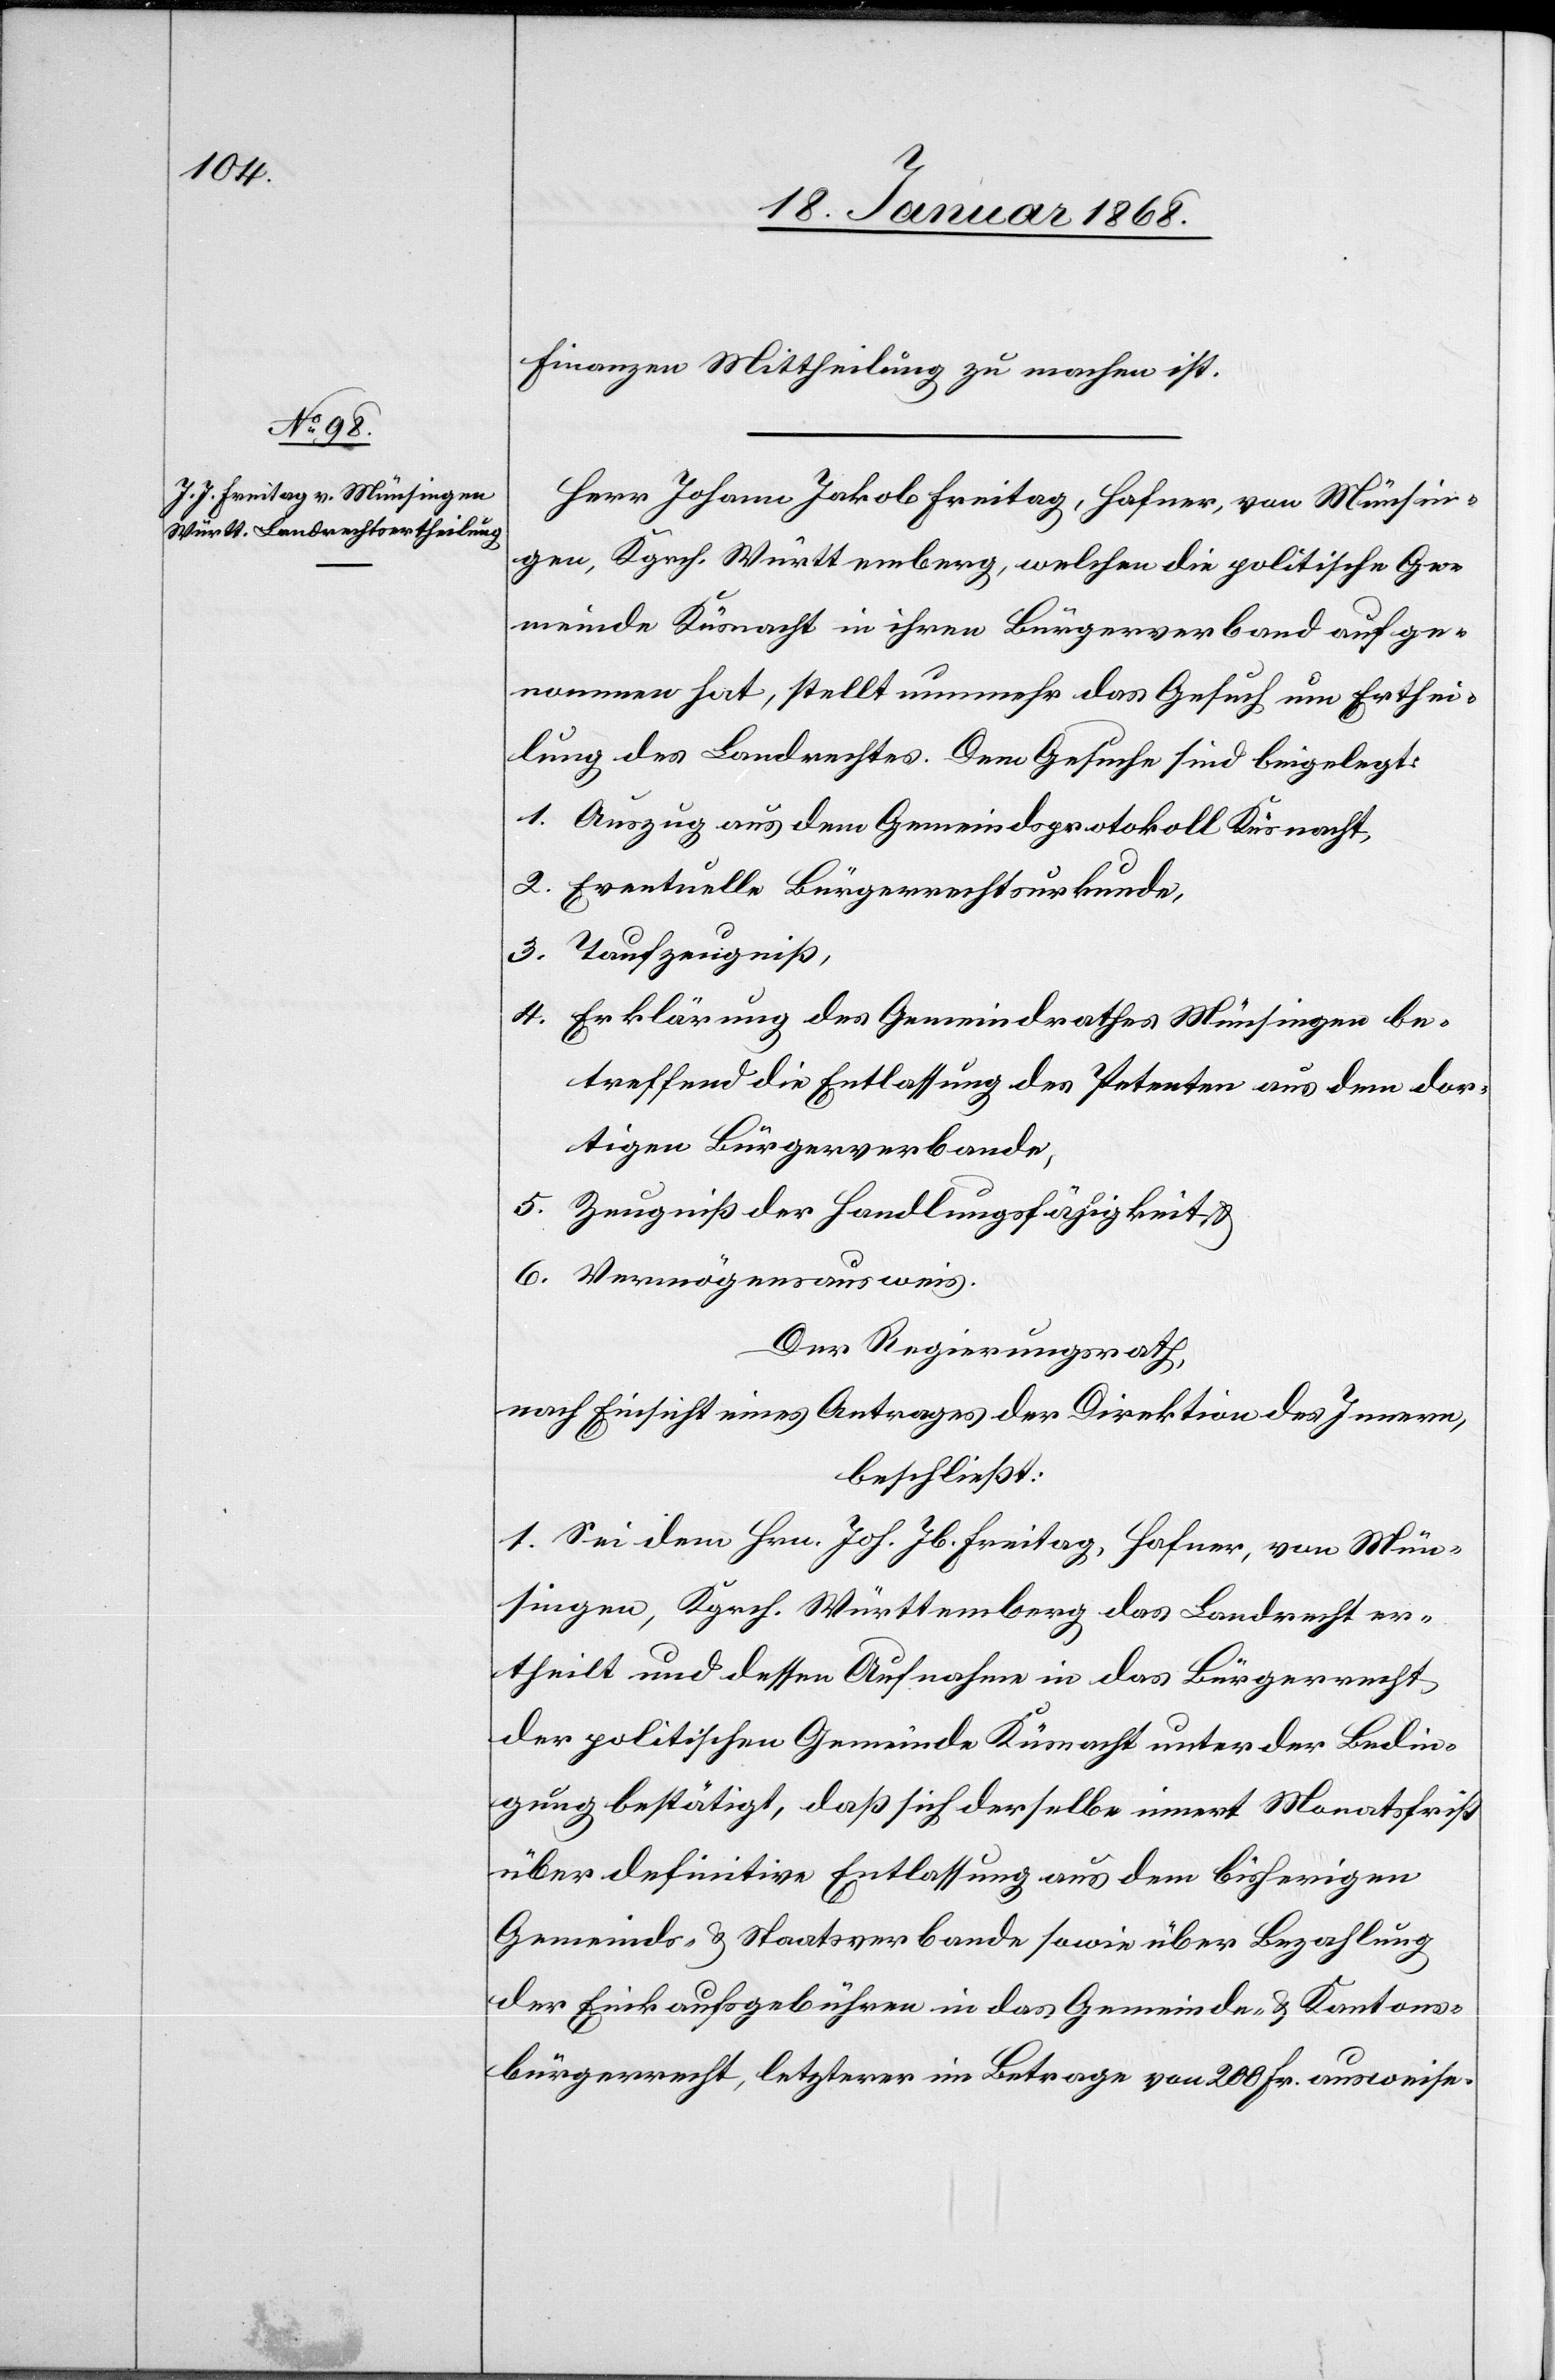
Finanzen Mittheilung zu machen ist.
Johann Jakob Freitag, Hafner, von Münsin¬
gen, Kgrch. Württemberg, welchen die politische Ge¬
meinde Küsnacht in ihren Bürgerverband aufge¬
nommen hat, stellt nunmehr das Gesuch um Erthei¬
lung des Landrechtes. Dem Gesuche sind beigelegt:
Auszug aus dem Gemeindsprotokoll Küsnacht,
Eventuelle Bürgerrechtsurkunde,
Taufzeugniß,
Erklärung des Gemeindrathes Münsingen be¬
treffend die Entlassung des Petenten aus dem dor¬
tigen Bürgerverbande,
Zeugniß der Handlungsfähigkeit &
Vermögensausweis.
Der Regierungsrath,
nach Einsicht eines Antrages der Direktion des Innern,
beschließt:
1. Sei dem Hrn. Joh. Jb. Freitag, Hafner, von Mün¬
singen, Kgrch. Württemberg das Landrecht er¬
theilt und dessen Aufnahme in das Bürgerrecht
der politischen Gemeinde Küsnacht unter der Bedin¬
gung bestätigt, daß sich derselbe innert Monatsfrist
über definitive Entlassung aus dem bisherigen
Gemeinds- & Staatsverbande sowie über Bezahlung
der Einkaufsgebühren in das Gemeinde- & Kantons¬
bürgerrecht, letzterer im Betrage von 200 Fr. ausweise.